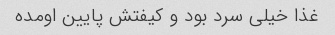
غذا خیلی سرد بود و کیفتش پایین اومده